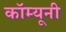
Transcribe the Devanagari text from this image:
कॉम्यूनी